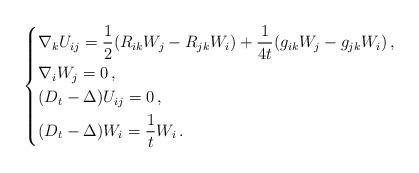
LaTeX: \begin{align*}\left \{\begin{alignedat}{1}&{\nabla} _k {U}_{ij}=\frac{1}{2}(R_{ik} W_{j}-R_{jk}W_i)+\frac{1}{4t}(g_{ik}W_j-g_{jk}W_i )\, , \\&{\nabla} _i W_{j}=0\, , \\&(D_t -\Delta )U_{ij}=0\, , \\&(D_t-\Delta )W_{i}=\frac{1}{t}W_i \, .\end{alignedat}\right .\end{align*}